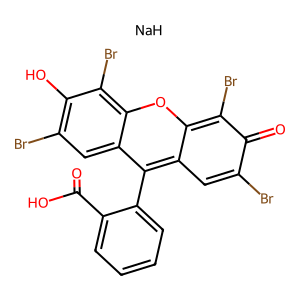
SMILES: O=C(O)c1ccccc1-c1c2cc(Br)c(=O)c(Br)c-2oc2c(Br)c(O)c(Br)cc12.[NaH]
Inhibits HIV replication: No